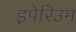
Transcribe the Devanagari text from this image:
इंपेरिउम